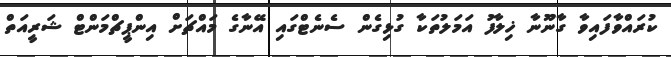
ކުރައްވާފައިވާ ގާނޫނާ ޚިލާފު އަމަލުތަކާ ގުޅިގެން ސެނެޓްގައި އޭނާގެ މައްޗަށް އިންޕީޗްމަންޓް ޝަރީއަތް